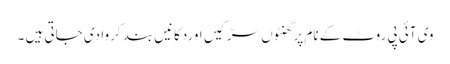
وی آئی پی روٹ کے نام پر گھنٹوں سڑکیں اوردکانیں بند کروا دی جاتی ہیں ۔